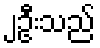
၂ဦးသည်